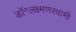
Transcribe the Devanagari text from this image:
डॉ॰लक्ष्मणस्वामी